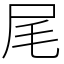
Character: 尾